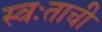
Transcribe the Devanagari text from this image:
स्वःताची